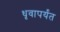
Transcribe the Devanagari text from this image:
धृवापर्यंत